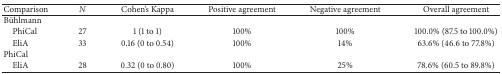
<table><thead><tr><td><b>Comparison</b></td><td><b><i>N</i></b></td><td><b>Cohen's Kappa</b></td><td><b>Positive agreement</b></td><td><b>Negative agreement</b></td><td><b>Overall agreement</b></td></tr></thead><tbody><tr><td>Bühlmann</td><td>[EMPTY_CELL]</td><td>[EMPTY_CELL]</td><td>[EMPTY_CELL]</td><td>[EMPTY_CELL]</td><td>[EMPTY_CELL]</td></tr><tr><td> PhiCal</td><td>27</td><td>1 (1 to 1)</td><td>100%</td><td>100%</td><td>100.0% (87.5 to 100.0%)</td></tr><tr><td> EliA</td><td>33</td><td>0.16 (0 to 0.54)</td><td>100%</td><td>14%</td><td>63.6% (46.6 to 77.8%)</td></tr><tr><td>PhiCal</td><td>[EMPTY_CELL]</td><td>[EMPTY_CELL]</td><td>[EMPTY_CELL]</td><td>[EMPTY_CELL]</td><td>[EMPTY_CELL]</td></tr><tr><td> EliA</td><td>28</td><td>0.32 (0 to 0.80)</td><td>100%</td><td>25%</td><td>78.6% (60.5 to 89.8%)</td></tr></tbody></table>